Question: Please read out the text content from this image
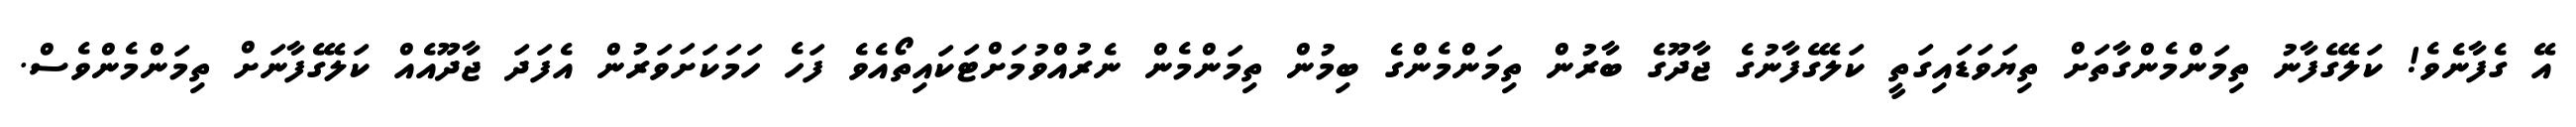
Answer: އޭ ގެފާނެވެ! ކަލޭގެފާނު ތިމަންމެންގާތަށް ތިޔަވަޑައިގަތީ ކަލޭގެފާނުގެ ޖާދޫގެ ބާރުން ތިމަންމެންގެ ބިމުން ތިމަންމެން ނެރުއްވުމަށްޓަކައިތޯއެވެ ފަހެ ހަމަކަށަވަރުން އެފަދަ ޖާދޫއެއް ކަލޭގެފާނަށް ތިމަންމެންވެސް.